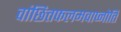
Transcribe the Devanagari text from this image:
वांछितफलमवाप्नोति